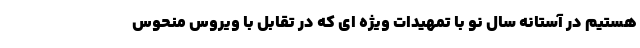
هستیم در آستانه سال نو با تمهیدات ویژه ای که در تقابل با ویروس منحوس